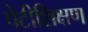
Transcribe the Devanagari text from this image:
पेटीशिक्षण